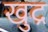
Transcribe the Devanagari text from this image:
खुद्र